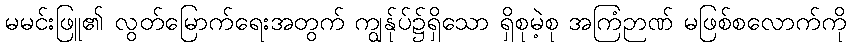
မမင်းဖြူ၏ လွတ်မြောက်ရေးအတွက် ကျွန်ုပ်၌ရှိသော ရှိစုမဲ့စု အကြံဉာဏ် မဖြစ်စလောက်ကို